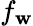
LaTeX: f_{\mathbf{w}}